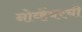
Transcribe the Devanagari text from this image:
नोव्हेंबरची